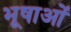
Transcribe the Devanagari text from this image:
भूषाओं